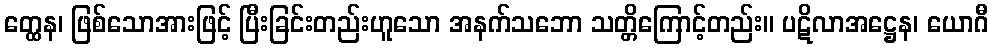
တ္ထေန၊ ဖြစ်သောအားဖြင့် ပြီးခြင်းတည်းဟူသော အနက်သဘော သတ္တိကြောင့်တည်း။ ပဋိလာအဋ္ဌေန၊ ယောဂီ